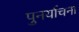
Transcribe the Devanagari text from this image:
पुनर्याचना